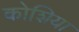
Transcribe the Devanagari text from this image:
कोशिया